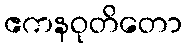
ဧကနဝုတိတော